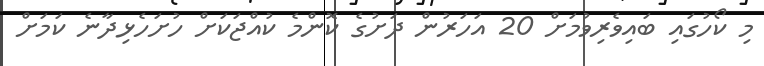
މި ކޯހުގައި ބައިވެރިވުމަށް 20 އަހަރުން ދަށުގެ ކޮންމެ ކުއްޖަކަށް ހުށަހެޅިދާނެ ކަމަށް